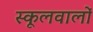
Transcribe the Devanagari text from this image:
स्कूलवालों